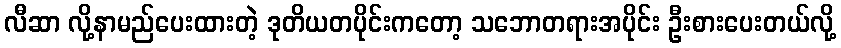
လီဆာ လို့နာမည်ပေးထားတဲ့ ဒုတိယတပိုင်းကတော့ သဘောတရားအပိုင်း ဦးစားပေးတယ်လို့